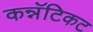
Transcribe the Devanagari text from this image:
कन्नॅटिकट